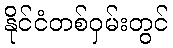
နိုင်ငံတစ်ဝှမ်းတွင်